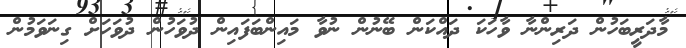
މާދަރީބަހުން ދަރިންނާ ވާހަކަ ދައްކަން ބޭނުން ނުވާ މައިންބަފައިން ދުވަހުން ދުވަހަށް ގިނަވަމުން